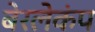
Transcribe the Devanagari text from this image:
बेरलेकंप